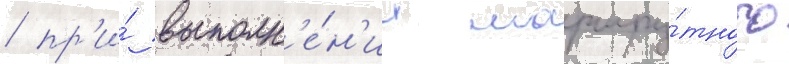
/ пр'и́ выполн'е́н'ии маршру́тного